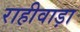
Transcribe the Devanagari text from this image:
राहीवाड़ा